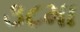
૩૮મા